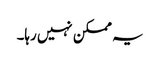
یہ ممکن نہیں رہا۔